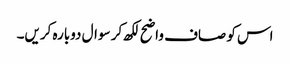
اس کو صاف واضح لکھ کر سوال دوبارہ کریں۔